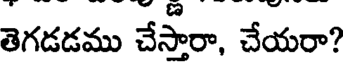
తెగడడము చేస్తారా, చేయరా?